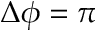
\Delta \phi = \pi